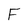
Character: F